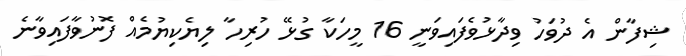
ޝިފާން އެ ދުވަހު ވިދާޅުވެފައިވަނީ 16 މީހަކާ ގުޅޭ ހުރިހާ ލިޔެކިޔުމެއް ފޮނުވާފައިވާނެ